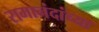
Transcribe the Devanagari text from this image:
रामानंदांच्या